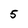
Character: 5